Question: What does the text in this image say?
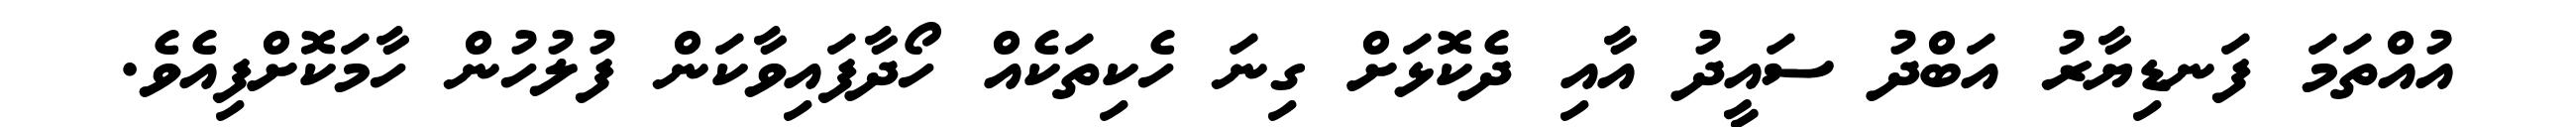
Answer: އުއްތަމަ ފަނޑިޔާރު އަބްދު ސައީދު އާއި ދެކޮޅަށް ގިނަ ހެކިތަކެއް ހޯދާފައިވާކަން ފުލުހުން ހާމަކޮށްފިއެވެ.